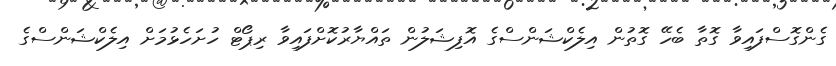
ގެންގޮސްފައިވާ ގޮތާ ބެހޭ ގޮތުން އިލެކްޝަންސްގެ އޮފިޝަލުން ތައްޔާރުކޮށްފައިވާ ރިޕޯޓް ހުށަހެޅުމަށް އިލެކްޝަންސްގެ